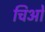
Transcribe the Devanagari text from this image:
चिओ